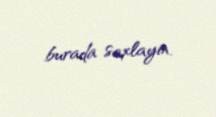
burada saxlayın.